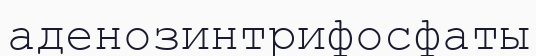
аденозинтрифосфаты